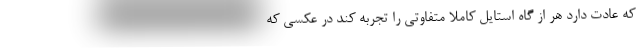
که عادت دارد هر از گاه استایل کاملا متفاوتی را تجربه کند در عکسی که